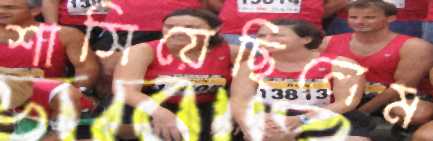
শাসিয়েছিলেম